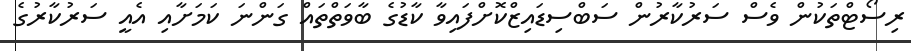
ރިސޯޓްތަކުން ވެސް ސަރުކާރުން ސަބްސިޑައިޒްކޮށްފައިވާ ކާޑުގެ ބާވަތްތައް ގަންނަ ކަމަށާއި އެއީ ސަރުކާރުގެ